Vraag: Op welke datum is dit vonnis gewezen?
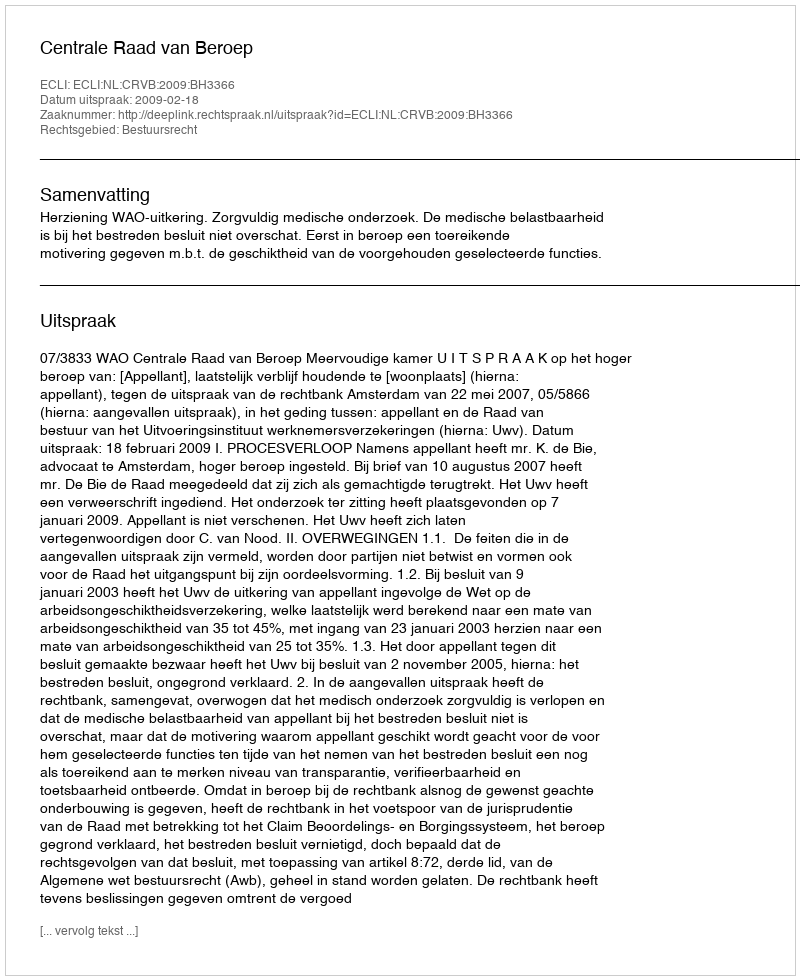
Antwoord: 2009-02-18